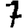
Digit: 7